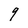
Character: 9